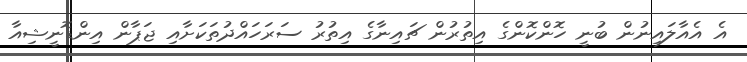
އެ އެއާލައިނުން ބުނީ ހޮންކޮންގެ އިތުރުން ޗައިނާގެ އިތުރު ސަރަހައްދުތަކަށާއި ޖަޕާން އިންޑޮނީޝިއާ